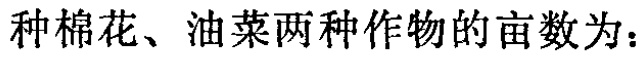
种棉花、油菜两种作物的亩数为：